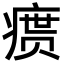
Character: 𪽴